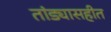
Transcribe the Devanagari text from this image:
तांड्यासहीत